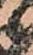
候